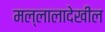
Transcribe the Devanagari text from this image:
मल्लालादेखील